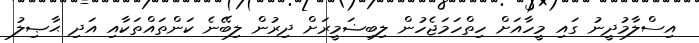
އިސްލާމުދީނު ގައި މީހާއަށް ހިތްހަމަޖެހުން ލިބިޟަމީރަށް ދިރުން ލިބޭނެ ކަންތައްތަކާއި އަދި ޙާޞިލު